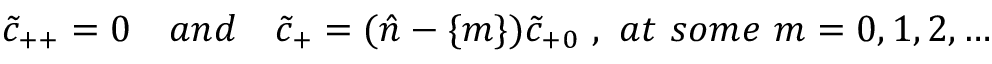
\tilde { c } _ { + + } = 0 \quad a n d \quad \tilde { c } _ { + } = ( { \hat { n } } - \{ m \} ) \tilde { c } _ { + 0 } \ , \ a t \ s o m e \ m = 0 , 1 , 2 , \dots